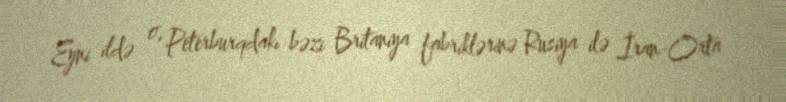
Eyni ildə o, Peterburqdakı bəzi Britaniya fabriklərinə Rusiya ilə İran-Orta